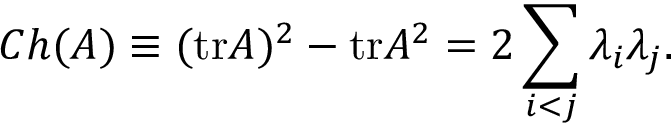
C h ( A ) \equiv ( \mathrm { t r } A ) ^ { 2 } - \mathrm { t r } A ^ { 2 } = 2 \sum _ { i < j } \lambda _ { i } \lambda _ { j } .